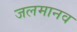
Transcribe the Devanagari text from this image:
जलमानव